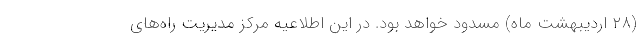
(۲۸ اردیبهشت ماه) مسدود خواهد بود. در این اطلاعیه مرکز مدیریت راه‌های